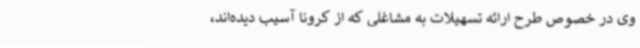
وی در خصوص طرح ارائه تسهیلات به مشاغلی که از کرونا آسیب دیده‌اند،